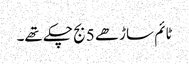
ٹائم ساڑھے 5 بج چکے تھے۔